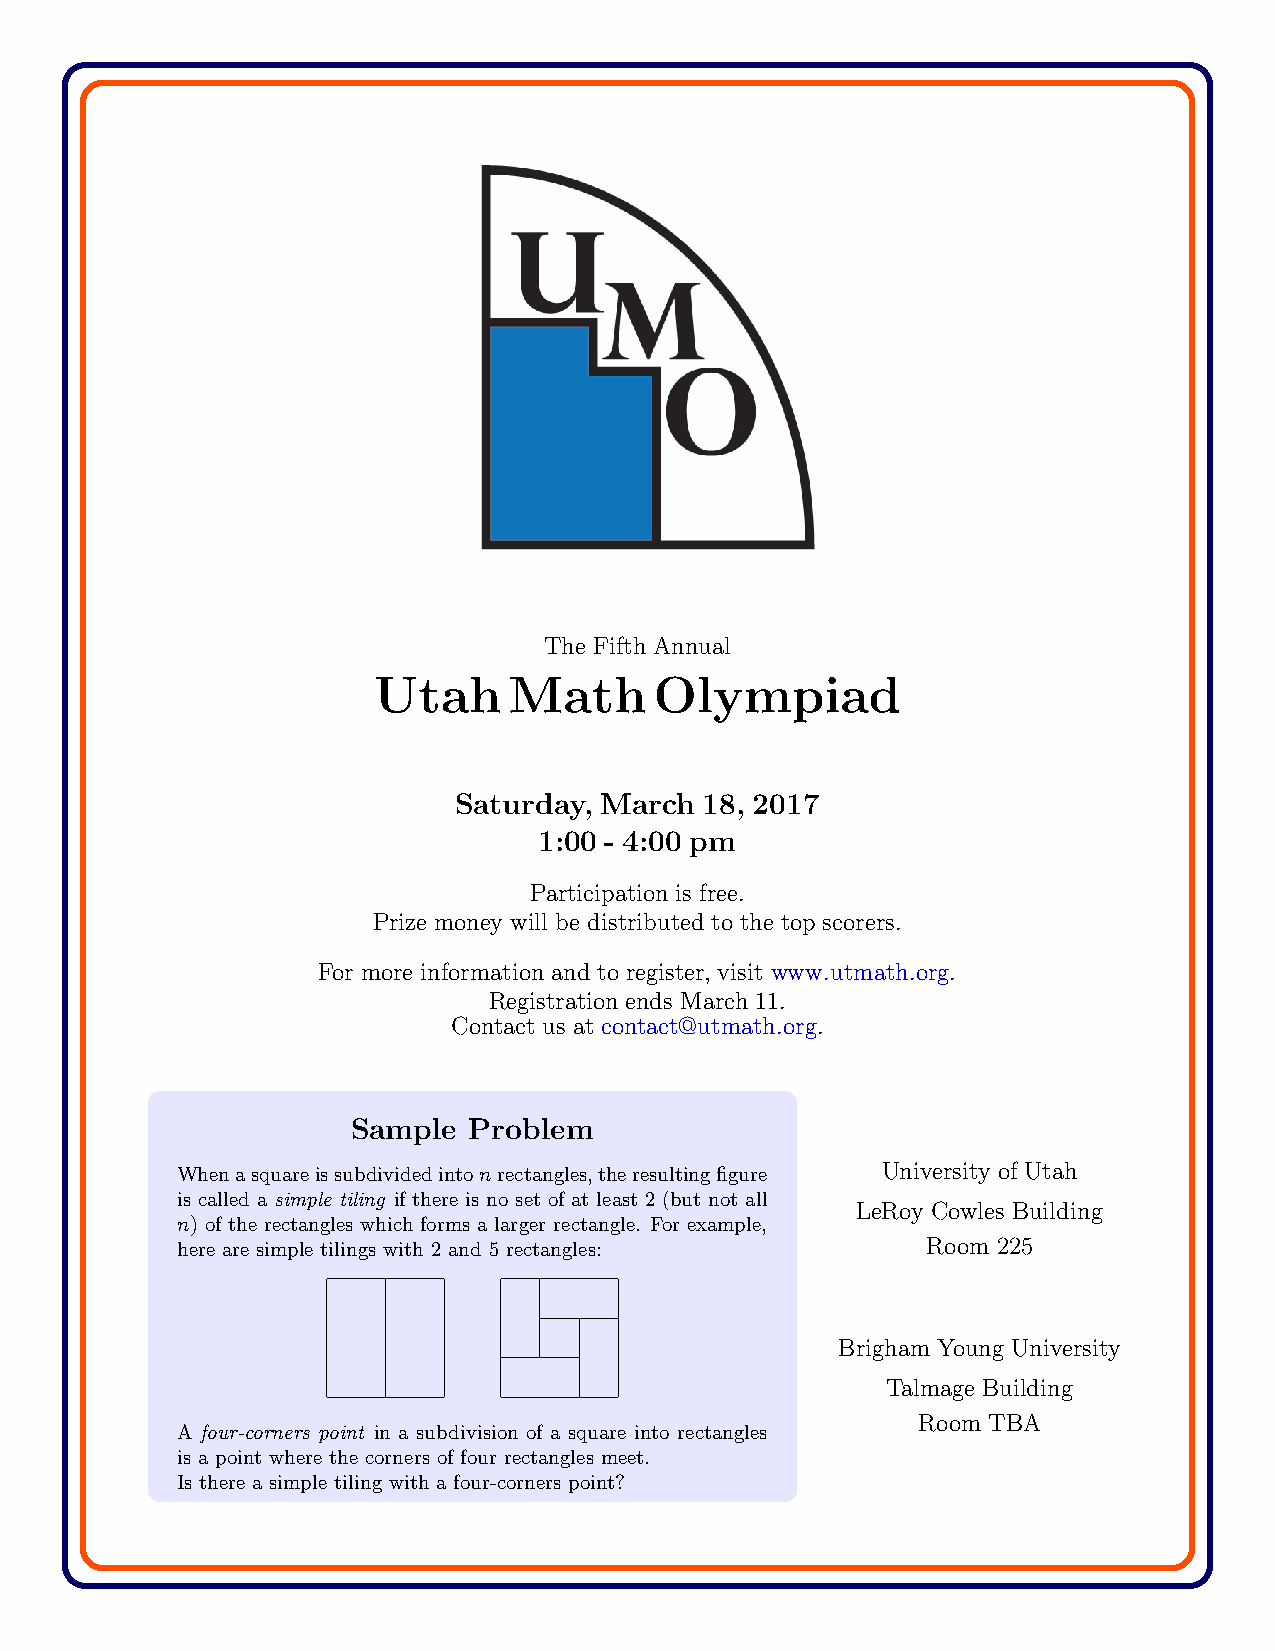
The Fifth Annual
 Utah     Math     Olympiad
 Saturday, March  18, 2017
 1:00 - 4:00 pm
 Participation is free.
 Prize money will be distributed to the top scorers.
 For more information and to register, visit www.utmath.org.
 Registration ends March 11.
 Contact us at contact@utmath.org.
 Sample  Problem
 Whenasquareissubdividedintonrectangles,theresultingfigure University of Utah
 is called a simple tiling if there is no set of at least 2 (but not all
 LeRoy Cowles Building
 n) of the rectangles which forms a larger rectangle. For example,
 here are simple tilings with 2 and 5 rectangles: Room 225
 Brigham Young University
 Talmage Building
 Room TBA
 A four-corners point in a subdivision of a square into rectangles
 is a point where the corners of four rectangles meet.
 Is there a simple tiling with a four-corners point?